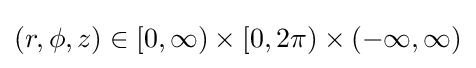
(r,\phi ,z)\in [0,\infty )\times [0,2\pi )\times (-\infty ,\infty )